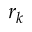
r _ { k }